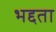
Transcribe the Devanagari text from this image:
भद्दता